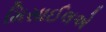
મિસાઈલએ